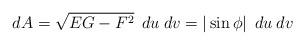
LaTeX: \begin{align*}dA=\sqrt{EG-F^2}\hspace{0.2cm} du \hspace{0.1cm} dv= |\sin \phi |\hspace{0.2cm} du\hspace{0.1cm} dv\end{align*}